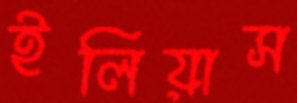
ইলিয়াস